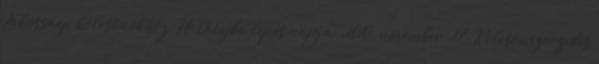
Lakossági kölcsönökhöz. Hatályba lépés napja: 2010. november 27. Kölcsönszerzıdés